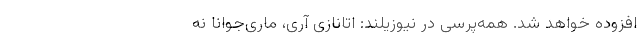
افزوده خواهد شد. همه‌پرسی در نیوزیلند: اتانازی آری، ماری‌جوانا نه